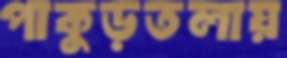
পাকুড়তলায়